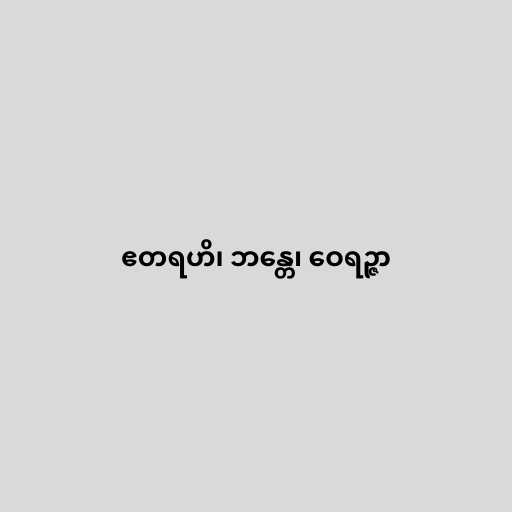
ဧတရဟိ၊ ဘန္တေ၊ ဝေရဉ္ဇာ